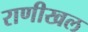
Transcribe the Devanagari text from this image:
राणीखल